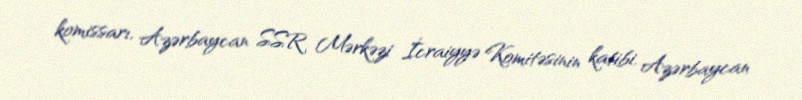
komissarı, Azərbaycan SSR Mərkəzi İcraiyyə Komitəsinin katibi, Azərbaycan